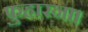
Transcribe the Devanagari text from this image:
फुहारना।